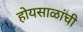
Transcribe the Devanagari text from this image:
होयसाळांची